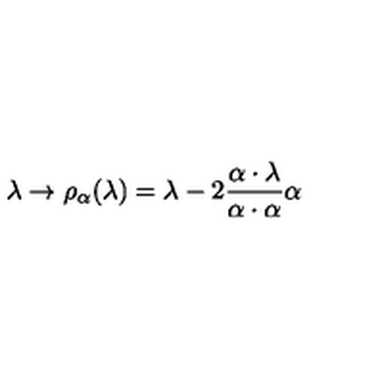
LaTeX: \lambda \rightarrow \rho _ { \alpha } ( \lambda ) = \lambda - 2 \frac { \alpha \cdot \lambda } { \alpha \cdot \alpha } \alpha